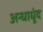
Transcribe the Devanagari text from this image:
अन्धाधूंद